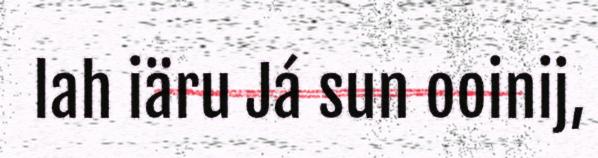
lah iäru Já sun ooinij,